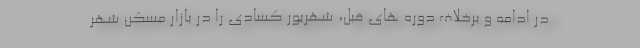
در ادامه و برخلاف دوره های قبل، شهریور کسادی را در بازار مسکن شهر